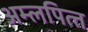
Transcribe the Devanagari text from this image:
अम्‍लपित्‍त